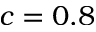
c = 0 . 8